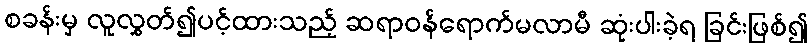
စခန်းမှ လူလွှတ်၍ပင့်ထားသည့် ဆရာဝန်ရောက်မလာမီ ဆုံးပါးခဲ့ရ ခြင်းဖြစ်၍